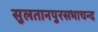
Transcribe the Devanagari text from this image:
सुलतानपुरसभाचन्द